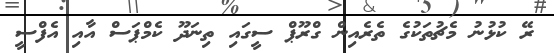
ރޭ ކުޅުނު މެޗުތަކުގެ ތެރެއިން ގްރޫޕް ސީގައި ތިނަދޫ ކެމްޕަސް އާއި އެފްސީ